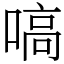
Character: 嗃